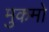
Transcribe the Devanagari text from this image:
मुकमो